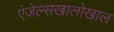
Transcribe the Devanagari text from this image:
एंजेल्सखालोखाल